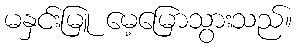
မနှင်းမြူ မေ့မြောသွားသည်။